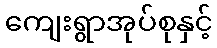
ကျေးရွာအုပ်စုနှင့်